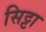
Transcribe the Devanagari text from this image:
सिट्टा